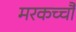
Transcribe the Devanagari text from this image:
मरकच्चौ